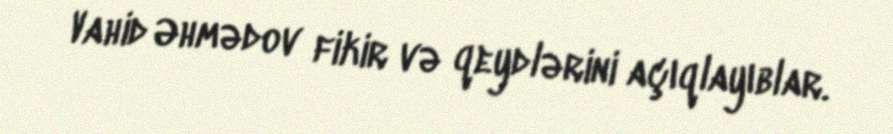
Vahid Əhmədov fikir və qeydlərini açıqlayıblar.